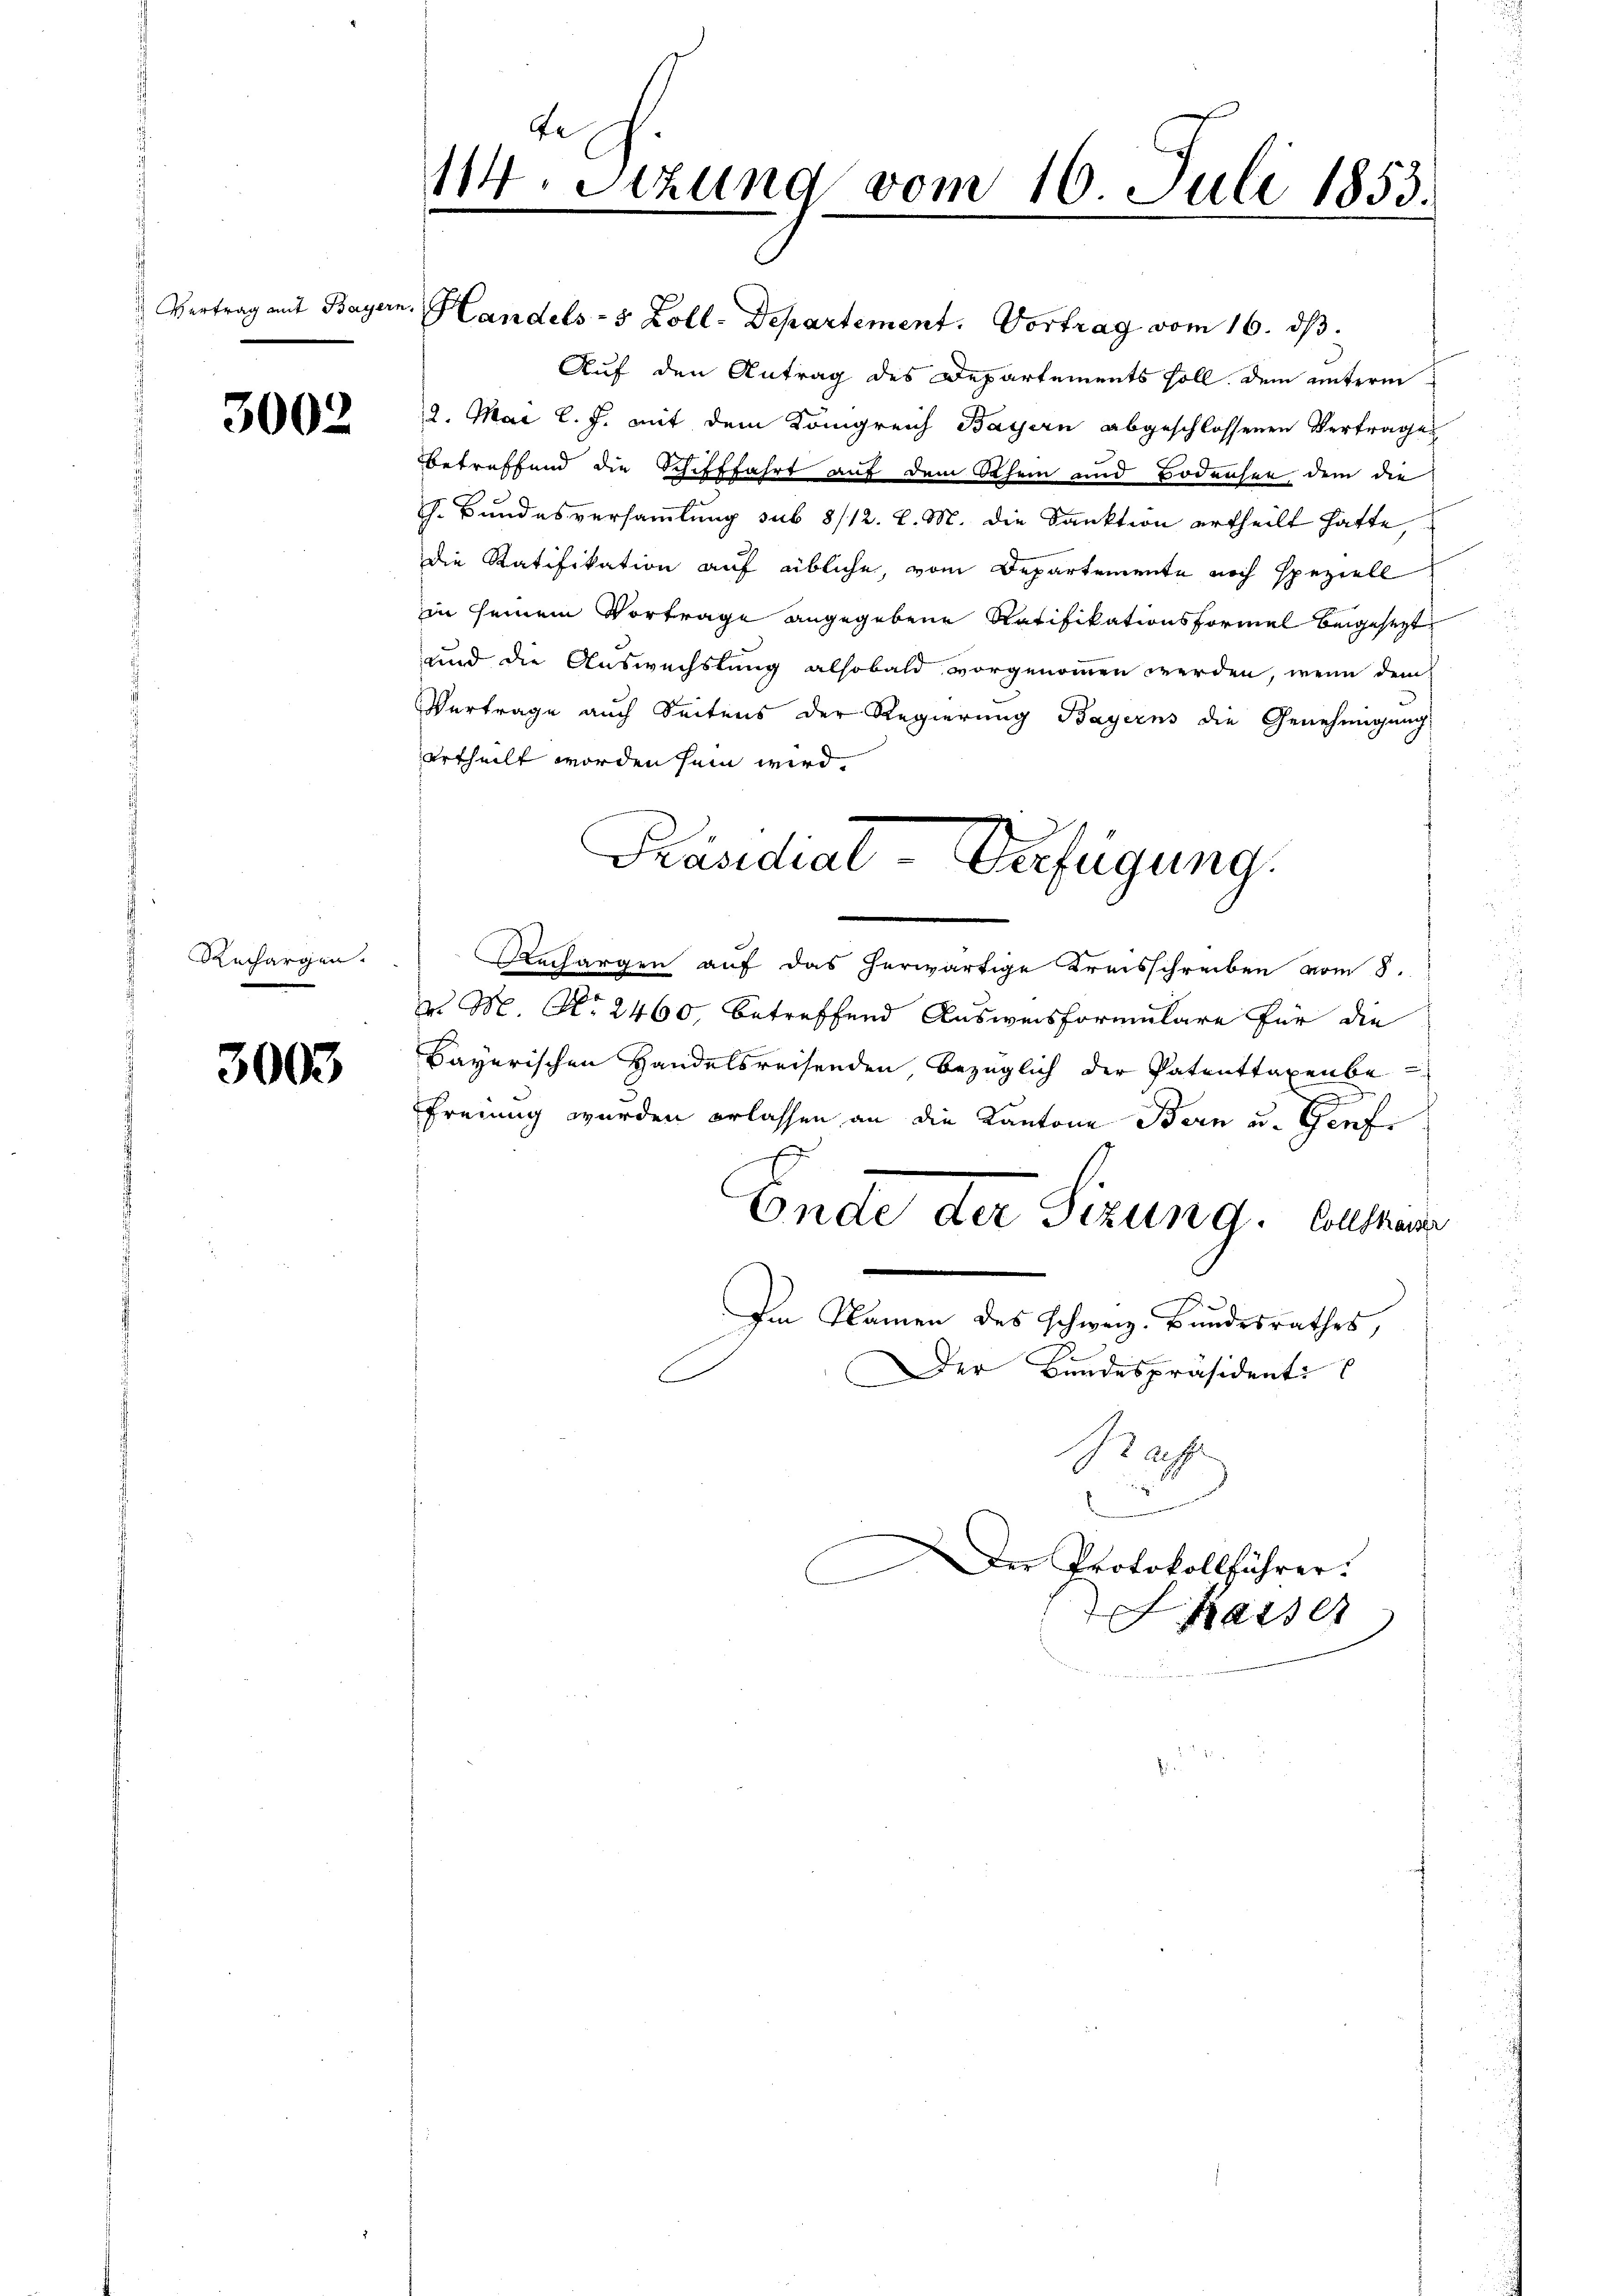
3002

Reichargen.

3003

r
114. Setzung vom 16. Juli 1853.
18

Vertrag mit Bayern. Handels- 5 Zoll-Departement. Vortrag vom 16. dβ.
Auf den Antrag des Departements soll, dem unterm
2. Mai l. J. mit dem Königreich Bayern abgeschlossenen Vertrage
betreffend die Schifffahrt auf dem Schein und Bodensee dem die
h. Bundesversammlung sub 8/12. l. M. die Sanktion ertheilt hatte,
die Ratifikation auf übliche, vom Departemente noch speziell
in seinem Vortrage angegebene Ratifikationsformel beigesezt
und die Auswechslung alsobald vorgenommen werden, wenn dem
Vertrage auch Seitens der Regierung Bayerns die Genehmigung
urtheilt worden sein wird.
Rnchargen auf das herwärtige Kreisschreiben vom 8.
v. M. No. 2460, betreffend Ausweisformulare für die
Bayerischen Handelsreisenden bezüglich der Patenttaxenbe
d
Freiung wurden erlassen an die Kantone Bern u. Genfe
E
Ende der Sitzung. Collhause
Im Namen des Schweiz. Bundesrathes,
Der Bundespräsidenti
E
C
Nag
Der Protokollführer.
Kasser

Präsidial-Verfügung.